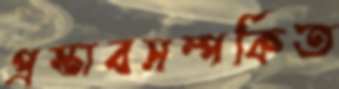
প্রস্তাবসম্পর্কিত